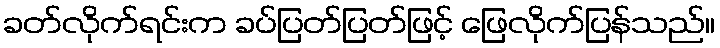
ခတ်လိုက်ရင်းက ခပ်ပြတ်ပြတ်ဖြင့် ဖြေလိုက်ပြန်သည်။